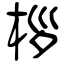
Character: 桚